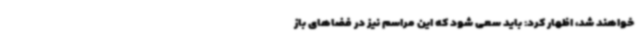
خواهند شد، اظهار کرد: باید سعی شود که این مراسم نیز در فضاهای باز